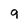
Character: 9